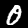
Digit: 0